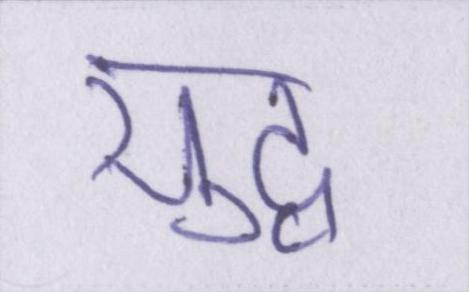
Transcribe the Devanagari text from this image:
युद्व